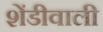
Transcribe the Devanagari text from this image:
शेंडीवाली